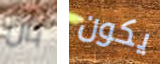
بأن يكون